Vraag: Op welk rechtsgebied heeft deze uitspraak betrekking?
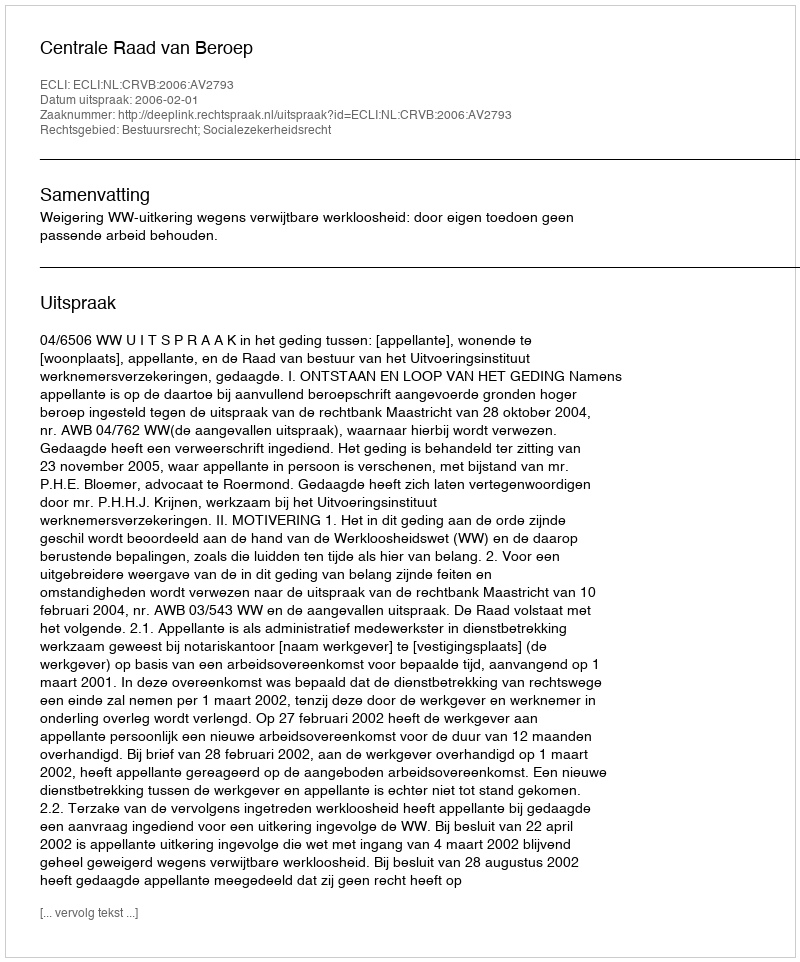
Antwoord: Bestuursrecht; Socialezekerheidsrecht